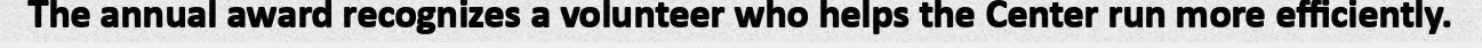
The annual award recognizes a volunteer who helps the Center run more efficiently.